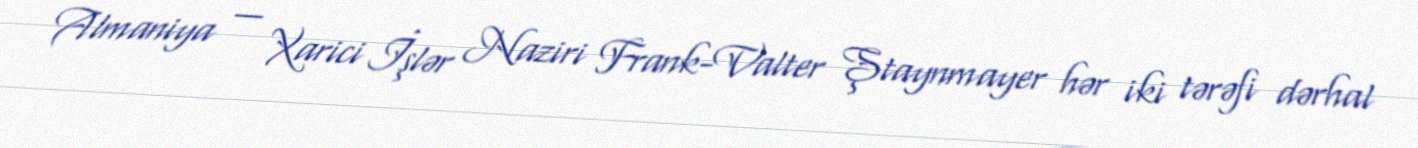
Almaniya — Xarici İşlər Naziri Frank-Valter Ştaynmayer hər iki tərəfi dərhal